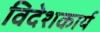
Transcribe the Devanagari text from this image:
विदेशकार्य